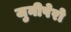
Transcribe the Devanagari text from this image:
जुनीपेरो